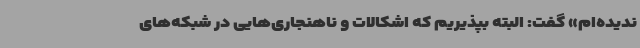
ندیده‌ام» گفت: البته بپذیریم که اشکالات و ناهنجاری‌هایی در شبکه‌های